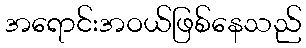
အရောင်းအဝယ်ဖြစ်နေသည်